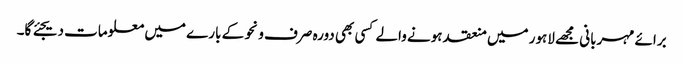
برائے مہربانی مجھے لاہور میں منعقد ہونے والے کسی بھی دورہ صرف و نحو کے بارے میں معلومات دیجئے گا۔